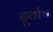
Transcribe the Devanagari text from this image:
दुर्वाच